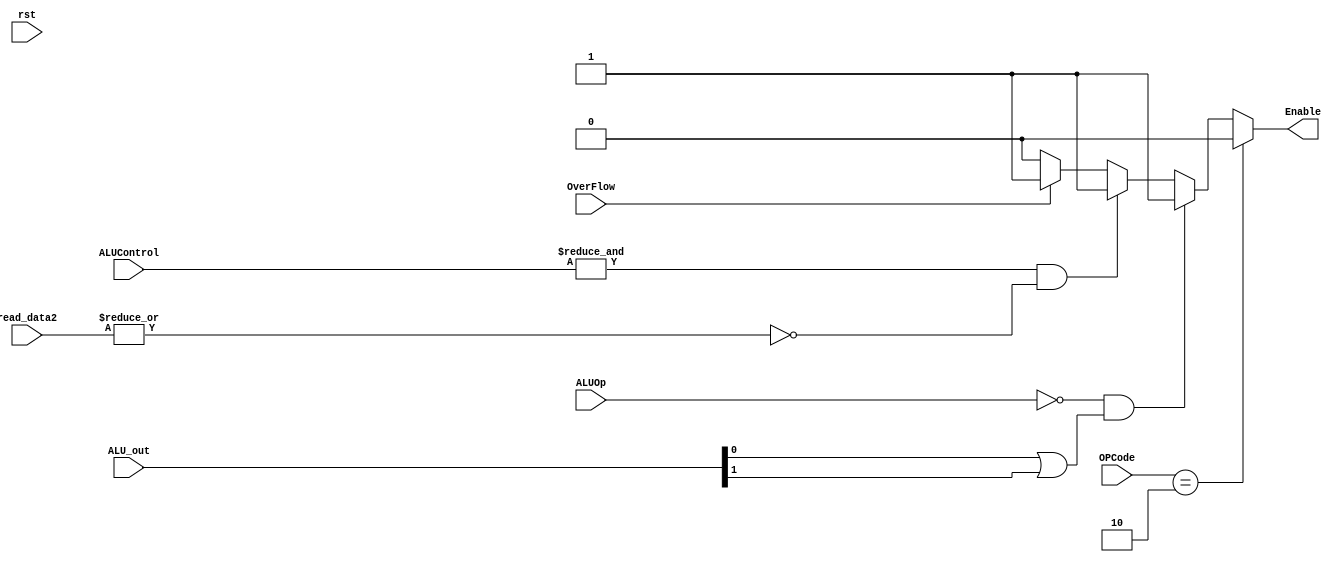
module Exception_Handle(OPCode,ALU_out, ALUOp,rst, ALUControl,  OverFlow,read_data2, Enable);
input [3:0]ALUControl;
input [5:0]OPCode;
input [31:0]read_data2;
input [31:0]ALU_out;
input [1:0]ALUOp;
input OverFlow,rst;
output Enable;
//Enable =1 -> exception 
assign Enable = (OPCode==6'b000010)? 0:
		(ALUOp==2'b00 & (ALU_out[0] | ALU_out[1])) ? 1:  
		(&ALUControl & ~|read_data2) ? 1:  //check divide 0 
              	(OverFlow)? 1: 0;  // invalid address
endmodule